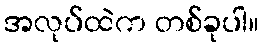
အလုပ်ထဲက တစ်ခုပါ။